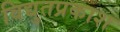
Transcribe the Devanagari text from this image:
विद्युतप्रकाश